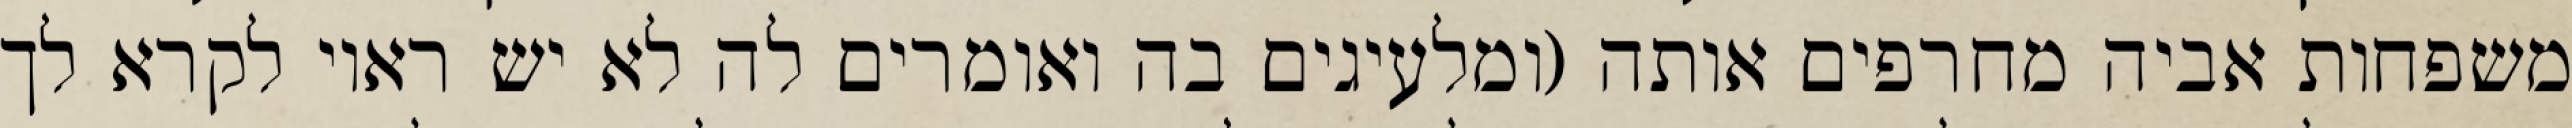
משפחות אביה מחרפים אותה (ומלעיגים בה ואומרים לה לא יש ראוי לקרא לך